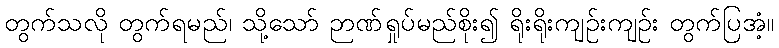
တွက်သလို တွက်ရမည်၊ သို့သော် ဉာဏ်ရှုပ်မည်စိုး၍ ရိုးရိုးကျဉ်းကျဉ်း တွက်ပြအံ့။